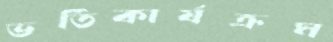
ভর্তিকার্যক্রম